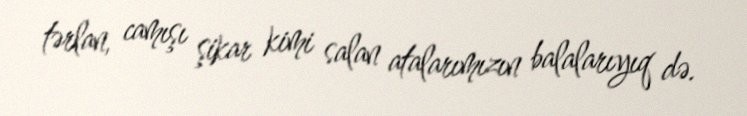
tərlan, camışı şikar kimi salan atalarımızın balalarıyıq də.